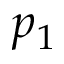
p _ { 1 }